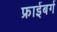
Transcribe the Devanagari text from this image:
फ्राईबर्ग